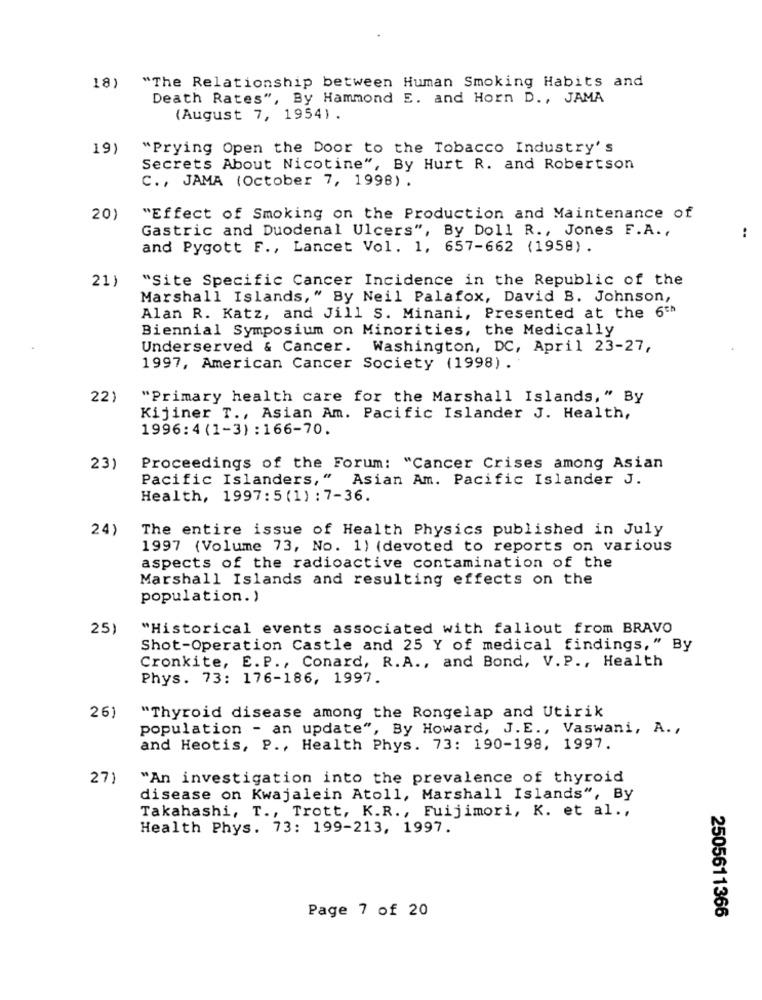
18)
"The Relationship between Human Smoking Habits and
Death Rates", By Hammond E. and Horn D ., JAMA
(August 7, 1954).
19)
"Prying Open the Door to the Tobacco Industry's
Secrets About Nicotine", By Hurt R. and Robertson
C ., JAMA (October 7, 1998) .
20)
"Effect of Smoking on the Production and Maintenance of
Gastric and Duodenal Ulcers", By Doll R ., Jones F.A .,
..
and Pygott F ., Lancet Vol. 1, 657-662 (1958) .
21)
"Site Specific Cancer Incidence in the Republic of the
Marshall Islands," By Neil Palafox, David B. Johnson,
Alan R. Katz, and Jill S. Minani, Presented at the 6th
Biennial Symposium on Minorities, the Medically
Underserved & Cancer. Washington, DC, April 23-27,
1997, American Cancer Society (1998) .
22)
"Primary health care for the Marshall Islands," By
Kijiner T ., Asian Am. Pacific Islander J. Health,
1996:4 (1-3) :166-70.
23)
Proceedings of the Forum: "Cancer Crises among Asian
Pacific Islanders," Asian Am. Pacific Islander J.
Health, 1997:5 (1) : 7-36.
24)
The entire issue of Health Physics published in July
1997 (Volume 73, No. 1) (devoted to reports on various
aspects of the radioactive contamination of the
Marshall Islands and resulting effects on the
population. )
25)
"Historical events associated with fallout from BRAVO
Shot-Operation Castle and 25 Y of medical findings," By
Cronkite, E. P ., Conard, R.A ., and Bond, V. P ., Health
Phys. 73: 176-186, 1997.
26)
"Thyroid disease among the Rongelap and Utirik
population - an update", By Howard, J.E ., Vaswani, A .,
and Heotis, P ., Health Phys. 73: 190-198, 1997.
27)
"An investigation into the prevalence of thyroid
disease on Kwajalein Atoll, Marshall Islands", By
Takahashi, T ., Trott, K.R ., Fuijimori, K. et al .,
Health Phys. 73: 199-213, 1997.
Page 7 of 20
2505611366